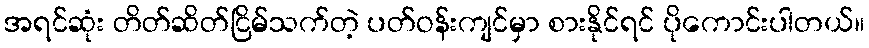
အရင်ဆုံး တိတ်ဆိတ်ငြိမ်သက်တဲ့ ပတ်ဝန်းကျင်မှာ စားနိုင်ရင် ပိုကောင်းပါတယ်။